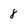
Character: 8